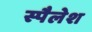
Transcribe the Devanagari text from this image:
स्पैलेश